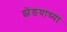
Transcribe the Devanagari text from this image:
झेंडयाच्या